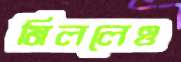
মিললেও